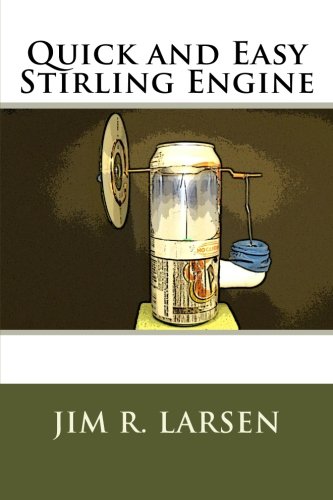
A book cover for Quick and Easy Stirling Engine; Jim R. Larsen; Science & Math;